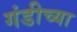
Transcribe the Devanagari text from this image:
गंडीच्या